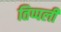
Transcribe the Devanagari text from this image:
तिप्पली